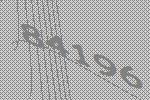
84196